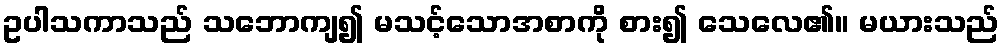
ဥပါသကာသည် သဘောကျ၍ မသင့်သောအစာကို စား၍ သေလေ၏။ မယားသည်